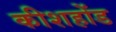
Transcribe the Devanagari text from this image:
कीशहोंड